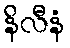
နိလီနံ